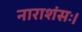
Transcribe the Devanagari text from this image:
नाराशंसः।